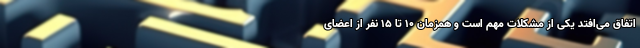
اتفاق می‌افتد یکی از مشکلات مهم است و همزمان ۱۰ تا ۱۵ نفر از اعضای